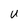
Character: U